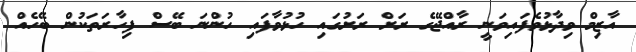
އާޒިމް ވިދާޅުވެފައިވަނީ ރާއްޖޭގެ ރަށް ރަށުގައި ހުޅުވާފައި ހުންނަ ބޭސް ފިހާރަތަކުން ބޭހެއް